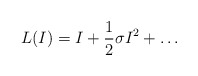
\begin{align*}L(I)=I+\frac12 \sigma I^2 +\dots \end{align*}